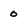
Character: 0